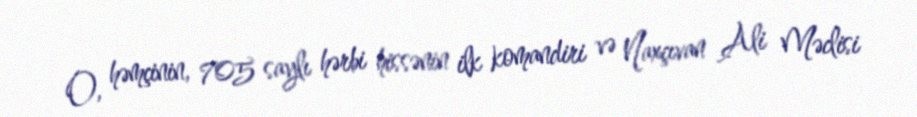
O, həmçinin, 705 saylı hərbi hissənin ilk komandiri və Naxçıvan Ali Məclisi